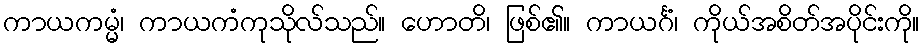
ကာယကမ္မံ၊ ကာယကံကုသိုလ်သည်။ ဟောတိ၊ ဖြစ်၏။ ကာယင်္ဂံ၊ ကိုယ်အစိတ်အပိုင်းကို။